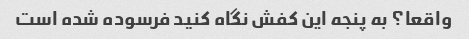
واقعا؟ به پنجه این کفش نگاه کنید فرسوده شده است